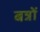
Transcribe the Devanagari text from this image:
बन्नों